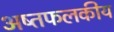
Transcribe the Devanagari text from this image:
अष्तफलकीय